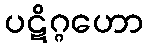
ပဋိဂ္ဂဟော